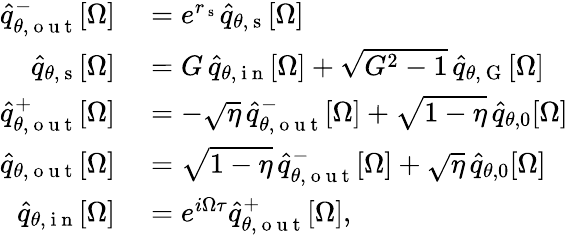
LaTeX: \begin{array}{rl}{\hat{q}_{\theta,\mathrm{~o~u~t~}}^{-}[\Omega]}&{{}=e^{r_{\mathrm{~s~}}}\hat{q}_{\theta,\mathrm{~s~}}[\Omega]}\\ {\hat{q}_{\theta,\mathrm{~s~}}[\Omega]}&{{}=G\, \hat{q}_{\theta,\mathrm{~i~n~}}[\Omega]+\sqrt{G^{2}-1}\, \hat{q}_{\theta,\mathrm{~G~}}[\Omega]}\\ {\hat{q}_{\theta,\mathrm{~o~u~t~}}^{+}[\Omega]}&{{}=-\sqrt{\eta}\, \hat{q}_{\theta,\mathrm{~o~u~t~}}^{-}[\Omega]+\sqrt{1-\eta}\, \hat{q}_{\theta,0}[\Omega]}\\ {\hat{q}_{\theta,\mathrm{~o~u~t~}}[\Omega]}&{{}=\sqrt{1-\eta}\, \hat{q}_{\theta,\mathrm{~o~u~t~}}^{-}[\Omega]+\sqrt{\eta}\, \hat{q}_{\theta,0}[\Omega]}\\ {\hat{q}_{\theta,\mathrm{~i~n~}}[\Omega]}&{{}=e^{i\Omega\tau}\hat{q}_{\theta,\mathrm{~o~u~t~}}^{+}[\Omega],}\end{array}